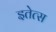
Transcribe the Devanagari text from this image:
इतेत्स